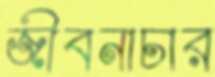
জীবনাচার